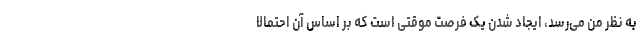
به نظر من می‌رسد، ایجاد شدن یک فرصت موقتی است که بر اساس آن احتمالاً